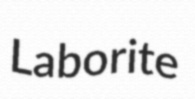
Laborite